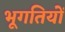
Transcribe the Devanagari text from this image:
भूगतियों